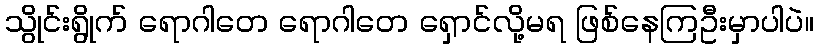
သွိုင်းရွိုက် ရောဂါတေ ရောဂါတေ ရှောင်လို့မရ ဖြစ်နေကြဦးမှာပါပဲ။